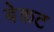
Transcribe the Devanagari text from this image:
बेकट